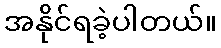
အနိုင်ရခဲ့ပါတယ်။